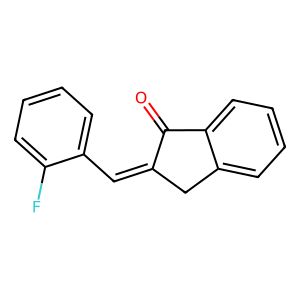
SMILES: O=C1C(=Cc2ccccc2F)Cc2ccccc21
Inhibits HIV replication: No